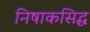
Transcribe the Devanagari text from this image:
निषाकसिद्ध